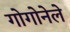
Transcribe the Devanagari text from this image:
गोगोनेले